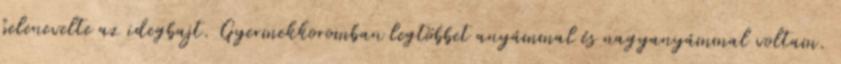
belenevelte az idegbajt. Gyermekkoromban legtöbbet anyámmal és nagyanyámmal voltam.